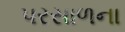
પરસાળના